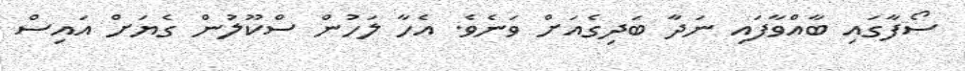
ސޯފާގައި ބާއްވާފައި ނަދާ ބަދިގެއަށް ވަނެވެ. އެހާ ލަހުން ސްކޫލުން ގެޔަށް އައިސް